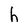
Character: h